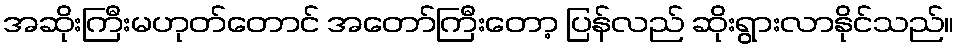
အဆိုးကြီးမဟုတ်တောင် အတော်ကြီးတော့ ပြန်လည် ဆိုးရွားလာနိုင်သည်။